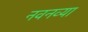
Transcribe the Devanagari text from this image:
नवनव्‍या